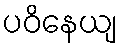
ပဝိနေယျ